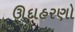
ઊદાહરણો